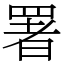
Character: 署